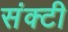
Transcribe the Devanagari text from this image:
संक्टी